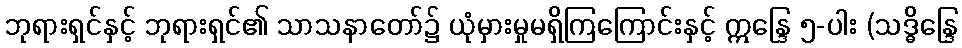
ဘုရားရှင်နှင့် ဘုရားရှင်၏ သာသနာတော်၌ ယုံမှားမှုမရှိကြကြောင်းနှင့် ဣန္ဒြေ ၅-ပါး (သဒ္ဓိန္ဒြေ